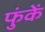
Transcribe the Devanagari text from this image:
फुंकें